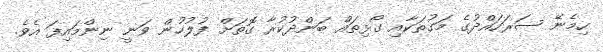
ހިމެނޭ ސަރަަހައްދުގެ މަގުތަކާއި ގޯޅިތައް ބަންދުކުރާ ގޮތަށް ފުލުހުން ވަނީ ނިންމައިފަ އެވެ.